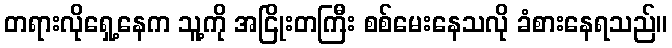
တရားလိုရှေ့နေက သူ့ကို အငြိုးတကြီး စစ်မေးနေသလို ခံစားနေရသည်။